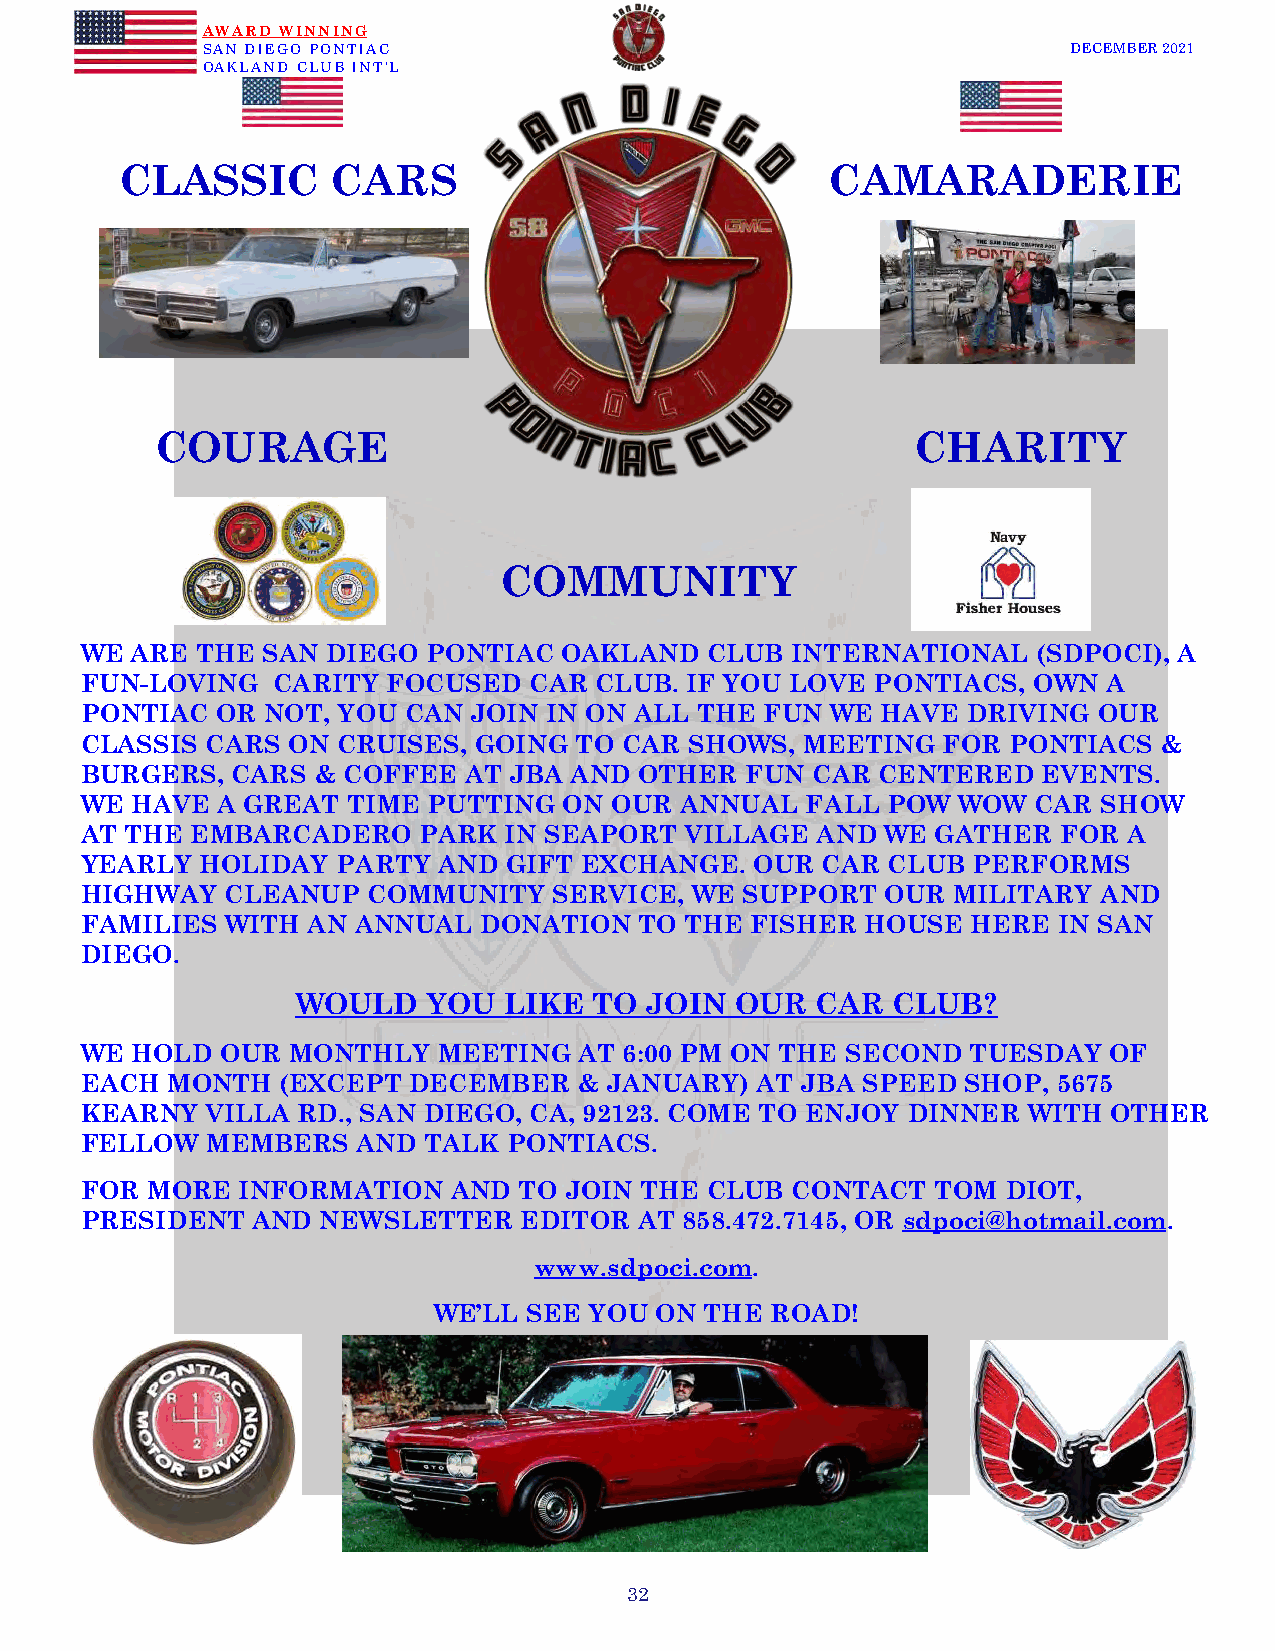
AWARD WINNING
 SAN DIEGO PONTIAC                                         DECEMBER 2021
 OAKLAND CLUB INT’L
 CLASSIC       CARS                             CAMARADERIE
 COURAGE                                            CHARITY
 COMMUNITY
 WE  ARE THE SAN  DIEGO PONTIAC  OAKLAND   CLUB INTERNATIONAL    (SDPOCI), A
 FUN-LOVING   CARITY  FOCUSED  CAR CLUB. IF YOU LOVE  PONTIACS, OWN  A
 PONTIAC  OR  NOT, YOU CAN JOIN IN ON ALL THE  FUN WE HAVE  DRIVING  OUR
 CLASSIS  CARS ON CRUISES, GOING  TO CAR  SHOWS, MEETING  FOR  PONTIACS  &
 BURGERS,  CARS  & COFFEE  AT JBA AND OTHER  FUN  CAR CENTERED   EVENTS.
 WE  HAVE A GREAT  TIME PUTTING  ON OUR  ANNUAL  FALL  POW WOW   CAR SHOW
 AT THE  EMBARCADERO    PARK IN SEAPORT  VILLAGE  AND  WE GATHER  FOR  A
 YEARLY  HOLIDAY  PARTY  AND GIFT EXCHANGE.   OUR CAR  CLUB PERFORMS
 HIGHWAY   CLEANUP  COMMUNITY    SERVICE, WE SUPPORT   OUR MILITARY  AND
 FAMILIES  WITH AN ANNUAL   DONATION  TO THE  FISHER HOUSE  HERE  IN SAN
 DIEGO.
 WOULD   YOU  LIKE  TO  JOIN  OUR  CAR  CLUB?
 WE  HOLD  OUR MONTHLY   MEETING  AT 6:00 PM ON THE SECOND  TUESDAY  OF
 EACH  MONTH   (EXCEPT DECEMBER   & JANUARY)  AT JBA SPEED  SHOP, 5675
 KEARNY   VILLA RD., SAN DIEGO, CA, 92123. COME TO ENJOY DINNER WITH OTHER
 FELLOW   MEMBERS   AND TALK  PONTIACS.
 FOR  MORE  INFORMATION   AND TO JOIN THE  CLUB CONTACT   TOM  DIOT,
 PRESIDENT   AND NEWSLETTER   EDITOR  AT 858.472.7145, OR sdpoci@hotmail.com.
 www.sdpoci.com.
 WE’LL SEE YOU ON  THE ROAD!
 32